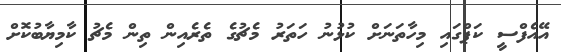
އޭއެފްސީ ކަޕްގައި މިހާތަނަށް ކުޅުނު ހަތަރު މެޗުގެ ތެރެއިން ތިން މެޗު ކާމިޔާބުކޮށް